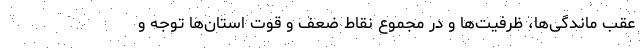
عقب ماندگی‌ها، ظرفیت‌ها و در مجموع نقاط ضعف و قوت استان‌ها توجه و